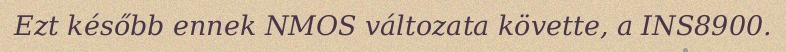
Ezt később ennek NMOS változata követte, a INS8900.